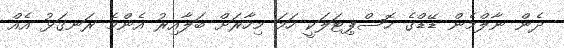
ދެން ނާލްމެން ޑޭޑްގެ ހޮސްޕިޓަލަކީ ހަމަ މިހާރަށް ބަލާއިރު އެންމެ ރަނގަޅު އެއް